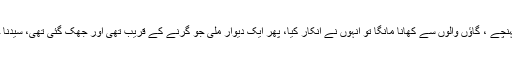
پھر دونوں چلے یہاں تک کہ ایک گاؤں میں پہنچے ، گاؤں والوں سے کھانا مانگا تو انہوں نے انکار کیا، پھر ایک دیوار ملی جو گرنے کے قریب تھی اور جھک گئی تھی، سیدنا خضرؑ نے اس کو اپنے ہاتھ سے سیدھا کر دیا۔